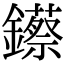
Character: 𨯓